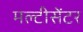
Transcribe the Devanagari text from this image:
मल्टीसेंटर